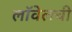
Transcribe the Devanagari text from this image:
लॉवेलची